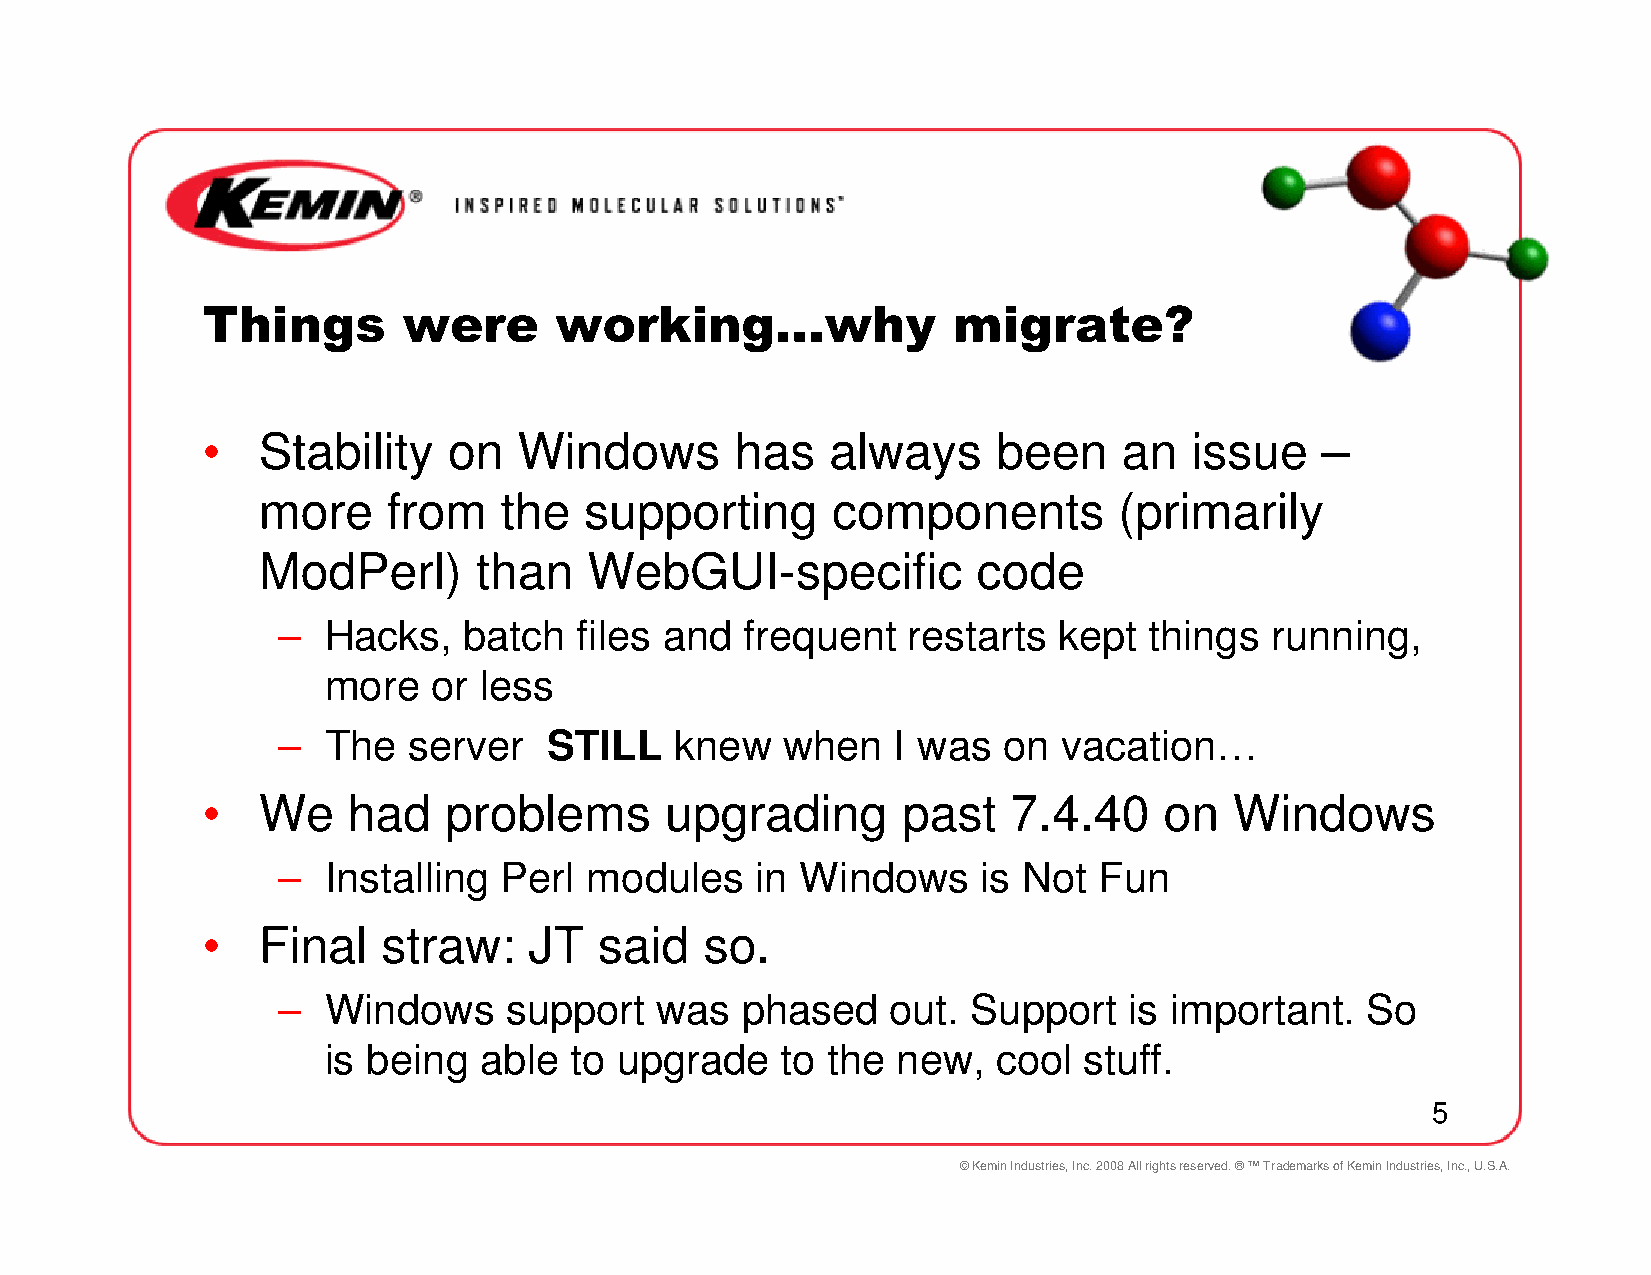
Things        were      working…why               migrate?
 •   Stability    on  Windows        has   always     been    an   issue   –
 more     from   the   supporting      components         (primarily
 ModPerl)      than    WebGUI-specific           code
 –  Hacks,    batch  files and  frequent   restarts  kept  things  running,
 more    or less
 –  The   server   STILL    knew   when   I was  on  vacation…
 •   We    had   problems       upgrading       past   7.4.40    on   Windows
 –  Installing  Perl  modules    in Windows     is Not  Fun
 •   Final   straw:    JT   said   so.
 –  Windows     support   was   phased    out. Support    is important.  So
 is being   able  to upgrade    to the new,   cool  stuff.
 5
 © Kemin Industries, Inc. 2008 All rights reserved. ® ™ Trademarks of Kemin Industries, Inc., U.S.A.